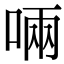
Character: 啢